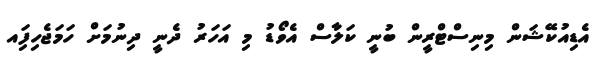
އެޑިއުކޭޝަން މިނިސްޓްރީން ބުނީ ކަލާސް އެވޯޑު މި އަހަރު ދެނީ ދިނުމަށް ހަމަޖެހިފަިއ